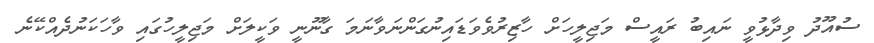
ސުއޫދު ވިދާޅުވީ ނައިބު ރައީސް މަޖިލީހަށް ހާޒިރުވެވަޑައިނުގަންނަވާނަމަ ގާނޫނީ ވަކީލަށް މަޖިލީހުގައި ވާހަކަނުދެއްކޭނެ